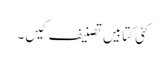
کئی کتابیں تصنیف کیں۔